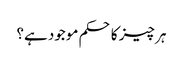
ہر چیز کا حکم موجود ہے؟